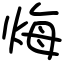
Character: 烸